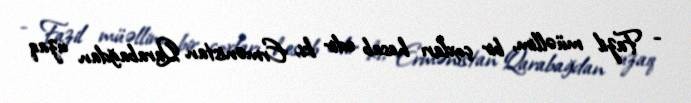
- Fazil müəllim, bir çoxları hesab edir ki, Ermənistan Qarabağdan uzaq